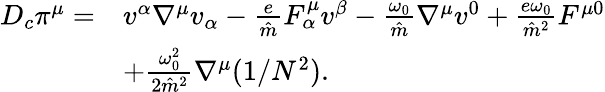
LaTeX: \begin{array}{rl}{D_{c}\pi^{\mu}=}&{v^{\alpha}\nabla^{\mu}v_{\alpha}-\frac{e}{\hat{m}}F_{\alpha}^{\mu}v^{\beta}-\frac{\omega_{0}}{\hat{m}}\nabla^{\mu}v^{0}+\frac{e\omega_{0}}{\hat{m}^{2}}F^{\mu 0}}\\ &{+\frac{\omega_{0}^{2}}{2\hat{m}^{2}}\nabla^{\mu}(1/N^{2}).}\end{array}